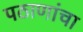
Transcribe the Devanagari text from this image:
पठाणांचा